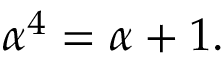
\alpha ^ { 4 } = \alpha + 1 .